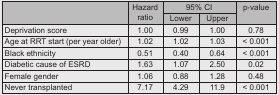
| <ROWSPAN=2>  | <ROWSPAN=2> Hazard ratio | <COLSPAN=2> 95% CI | <ROWSPAN=2> p-value |
 | Lower | Upper |
 | --- | --- | --- | --- | --- |
 | Deprivation score | 1.00 | 0.99 | 1.00 | 0.78 |
 | Age at RRT start (per year older) | 1.02 | 1.02 | 1.03 | < 0.001 |
 | Black ethnicity | 0.51 | 0.40 | 0.64 | < 0.001 |
 | Diabetic cause of ESRD | 1.63 | 1.07 | 2.50 | 0.02 |
 | Female gender | 1.06 | 0.88 | 1.28 | 0.48 |
 | Never transplanted | 7.17 | 4.29 | 11.9 | < 0.001 |